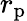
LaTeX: r_{\mathrm{p}}